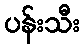
ပန်းသီး